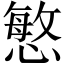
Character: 慜